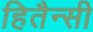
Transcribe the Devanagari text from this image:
हितैन्सी